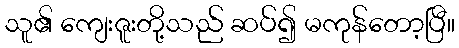
သူ၏ ကျေးဇူးတို့သည် ဆပ်၍ မကုန်တော့ပြီ။